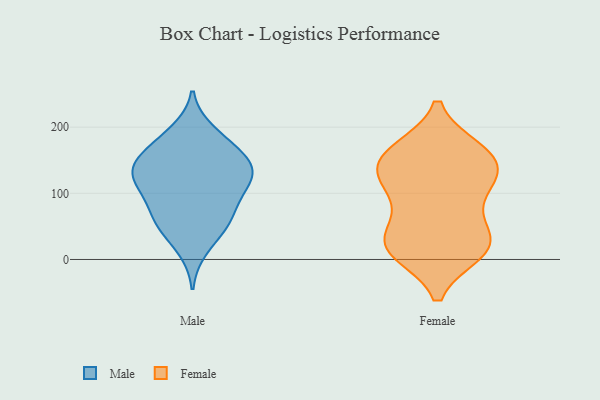
{"axis": {"x": "Page Views", "y": "Value"}, "legend": ["Female", "Male"], "data": [{"x": "", "y": 185, "type": "Male"}, {"x": "", "y": 88, "type": "Male"}, {"x": "", "y": 135, "type": "Male"}, {"x": "", "y": 194, "type": "Male"}, {"x": "", "y": 51, "type": "Male"}, {"x": "", "y": 101, "type": "Male"}, {"x": "", "y": 157, "type": "Male"}, {"x": "", "y": 150, "type": "Male"}, {"x": "", "y": 118, "type": "Male"}, {"x": "", "y": 15, "type": "Male"}, {"x": "", "y": 141, "type": "Male"}, {"x": "", "y": 165, "type": "Male"}, {"x": "", "y": 134, "type": "Male"}, {"x": "", "y": 48, "type": "Male"}, {"x": "", "y": 63, "type": "Male"}, {"x": "", "y": 109, "type": "Male"}, {"x": "", "y": 64, "type": "Male"}, {"x": "", "y": 125, "type": "Male"}, {"x": "", "y": 18, "type": "Female"}, {"x": "", "y": 164, "type": "Female"}, {"x": "", "y": 46, "type": "Female"}, {"x": "", "y": 35, "type": "Female"}, {"x": "", "y": 166, "type": "Female"}, {"x": "", "y": 112, "type": "Female"}, {"x": "", "y": 166, "type": "Female"}, {"x": "", "y": 102, "type": "Female"}, {"x": "", "y": 11, "type": "Female"}, {"x": "", "y": 144, "type": "Female"}, {"x": "", "y": 128, "type": "Female"}, {"x": "", "y": 133, "type": "Female"}, {"x": "", "y": 29, "type": "Female"}, {"x": "", "y": 13, "type": "Female"}, {"x": "", "y": 88, "type": "Female"}, {"x": "", "y": 146, "type": "Female"}, {"x": "", "y": 14, "type": "Female"}]}